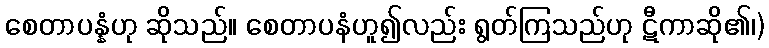
စေတာပန္နံဟု ဆိုသည်။ စေတာပနံဟူ၍လည်း ရွတ်ကြသည်ဟု ဋီကာဆို၏၊)